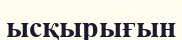
ысқырығын